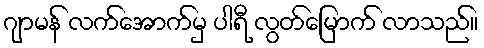
ဂျာမန် လက်အောက်မှ ပါရီ လွတ်မြောက် လာသည်။